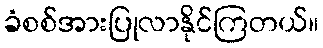
ခံစစ်အားပြုလာနိုင်ကြတယ်။